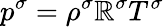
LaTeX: p^{\sigma}=\rho^{\sigma}\mathbb{R}^{\sigma}T^{\sigma}